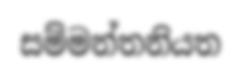
සම්මන්තනියත